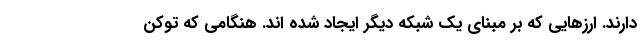
دارند. ارزهایی که بر مبنای یک شبکه دیگر ایجاد شده اند. هنگامی که توکن